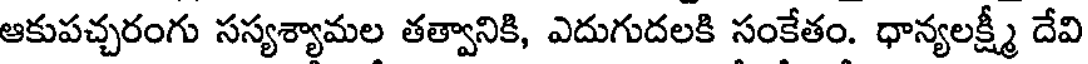
ఆకుపచ్చరంగు సస్యశ్యామల తత్వానికి, ఎదుగుదలకి సంకేతం. ధాన్యలక్ష్మీ దేవి